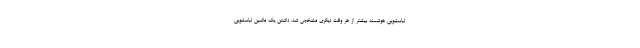
لباسشویی هوشمند بیشتر از هر وقت دیگری مشخص شد. داشتن یک ماشین لباسشویی